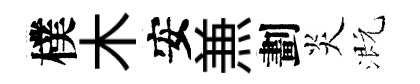
樸木安𠔥劃炎溉